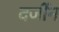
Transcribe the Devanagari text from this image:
दर्जीन